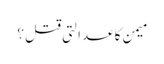
میمن کا عدالتی قتل ؟